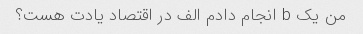
من یک b انجام دادم الف در اقتصاد یادت هست؟